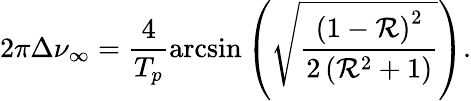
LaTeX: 2\pi\Delta\nu_{\infty}=\frac{4}{T_{p}}\arcsin\left(\sqrt{\frac{\left(1-\mathcal{R}\right)^{2}}{2\left(\mathcal{R}^{2}+1\right)}}\right).